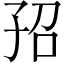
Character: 𡥙